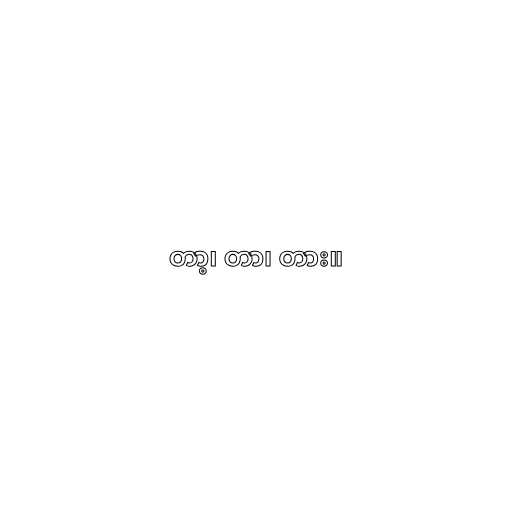
တာ့၊ တာ၊ တား။